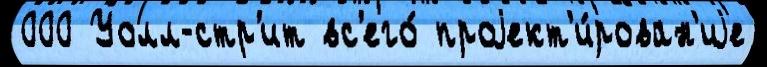
000 Уолл-стр'ит вс'его́ проjект'и́рован'иjе